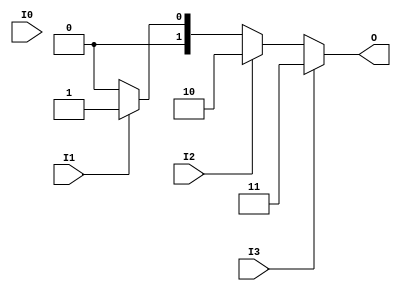
module relative_encoder (
    input wire I0, // Input 0
    input wire I1, // Input 1
    input wire I2, // Input 2
    input wire I3, // Input 3
    output reg [1:0] O // 2-bit output
);

    always @(*) begin
        // Default case for no active inputs
        O = 2'b00; // You can change this to another error code if desired

        // Priority encoding logic
        if (I3) begin
            O = 2'b11; // I3 active
        end else if (I2) begin
            O = 2'b10; // I2 active
        end else if (I1) begin
            O = 2'b01; // I1 active
        end else if (I0) begin
            O = 2'b00; // I0 active (or you can specify another output value)
        end
    end

endmodule